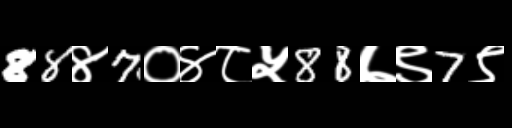
Text: 88४7०४८५88७९7९